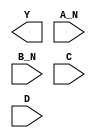
module sky130_fd_sc_hs__nand4bb (
    Y  ,
    A_N,
    B_N,
    C  ,
    D
);

    output Y  ;
    input  A_N;
    input  B_N;
    input  C  ;
    input  D  ;

    // Voltage supply signals
    supply1 VPWR;
    supply0 VGND;

endmodule